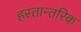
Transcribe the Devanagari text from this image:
हस्तान्तरिक